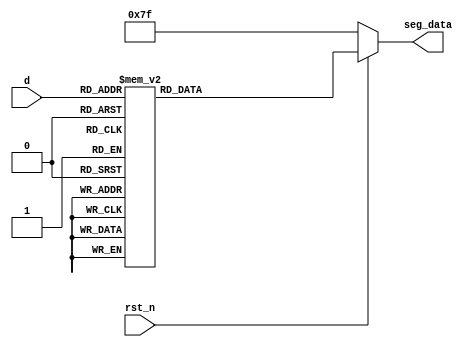
module seg7(
    input     [3:0]          d    ,          // 
    input                    rst_n   ,       //   
    output    reg [6:0]      seg_data        // 
    );   
always @ (*)//
begin
    if(!rst_n) begin	        //
		seg_data[6:0] = ~(7'b0000000);					//BCD
    end
    else begin
		case (d)  
            4'b0000 : seg_data[6:0] = ~(7'b0111111);	// "0"
            4'b0001 : seg_data[6:0] = ~(7'b0000110);	// "1"
            4'b0010 : seg_data[6:0] = ~(7'b1011011);	// "2"
            4'b0011 : seg_data[6:0] = ~(7'b1001111);	// "3"
            4'b0100 : seg_data[6:0] = ~(7'b1100110);	// "4"
            4'b0101 : seg_data[6:0] = ~(7'b1101101);	// "5"	
            4'b0110 : seg_data[6:0] = ~(7'b1111101);	// "0"
            4'b0111 : seg_data[6:0] = ~(7'b0000111);	// "7"
            4'b1000 : seg_data[6:0] = ~(7'b1111111);	// "8"
            4'b1001 : seg_data[6:0] = ~(7'b1101111);	// "9"
            4'b1010 : seg_data[6:0] = ~(7'b1110111);	// "A"
            4'b1011 : seg_data[6:0] = ~(7'b1111100);	// "b"
            4'b1100 : seg_data[6:0] = ~(7'b0111001);	// "c"
            4'b1101 : seg_data[6:0] = ~(7'b1011110);	// "d"
            4'b1110 : seg_data[6:0] = ~(7'b1111001);	// "E"
            4'b1111 : seg_data[6:0] = ~(7'b1110001);	// "F"
		default:  seg_data[6:0] = ~(7'b0000000);	
	endcase 	
    end
end
endmodule